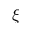
\xi